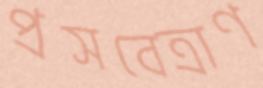
প্রসবেত্রাণ